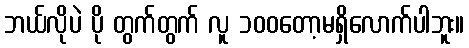
ဘယ်လိုပဲ ပို တွက်တွက် လူ ၁၀၀တော့မရှိလောက်ပါဘူး။